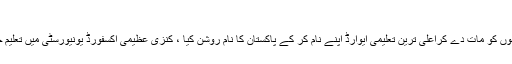
کنزیٰ عظیمی
کنزیٰ عظیمی وہ پاکستانی طالبہ ہے ، جنہوں نے 58 ممالک کے 327 طالبعلموں کو مات دے کراعلیٰ ترین تعلیمی ایوارڈ اپنے نام کر کے پاکستان کا نام روشن کیا ، کنزیٰ عظیمی آکسفورڈ یونیورسٹی میں تعلیم حاصل کررہی ہے اور سعید بزنس اسکول سے ایم بی اے کی ڈگری حاصل کی ۔